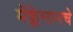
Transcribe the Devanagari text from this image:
मॅक्लेलानचे